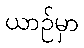
ယာဉ်မှာ